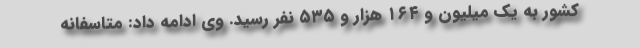
کشور به یک میلیون و ۱۶۴ هزار و ۵۳۵ نفر رسید. وی ادامه داد: متاسفانه